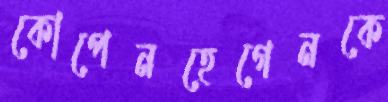
কোপেনহেগেনকে